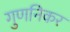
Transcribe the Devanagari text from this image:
गुणनिकर